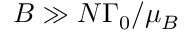
B \gg N \Gamma _ { 0 } / \mu _ { B }